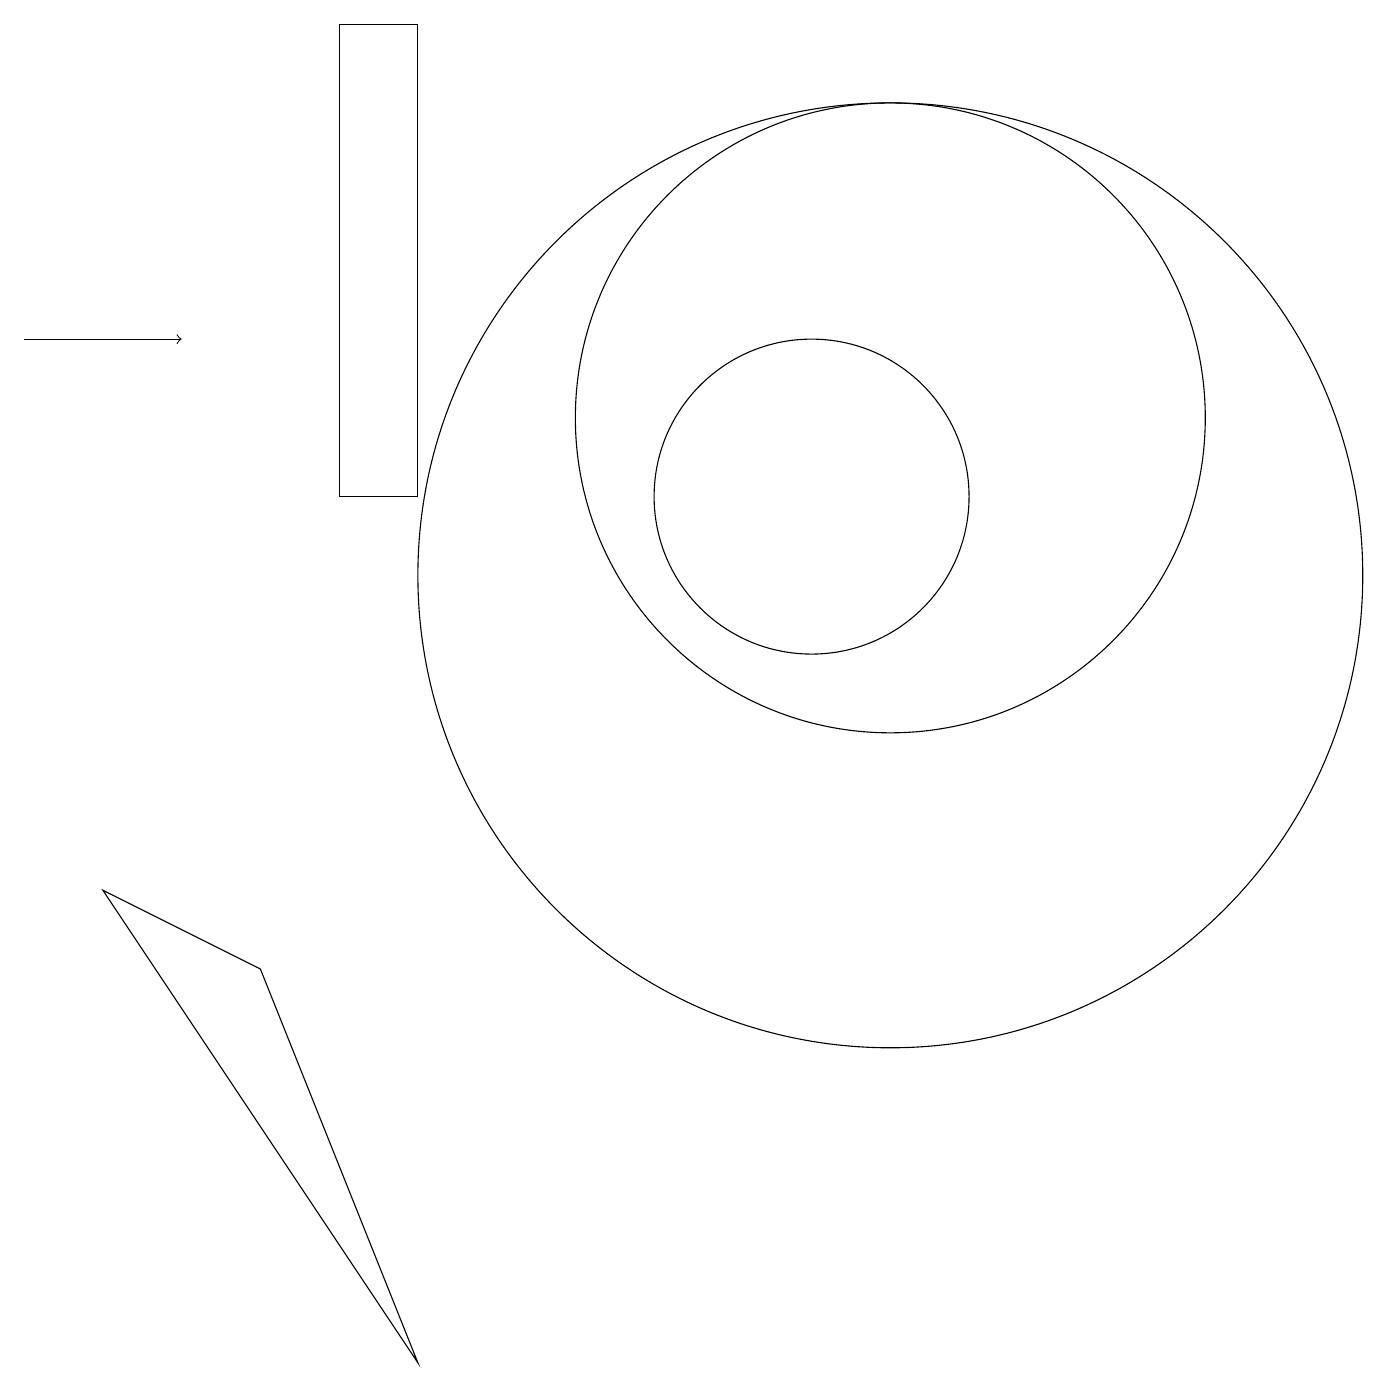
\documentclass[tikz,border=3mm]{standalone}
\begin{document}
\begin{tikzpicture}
\draw (11,12) circle (4);
\draw (4,11) rectangle (5,17);
\draw (11,10) circle (6);
\draw[->] (0,13) -- (2,13);
\draw (10,11) circle (2);
\draw (1,6) -- (5,0) -- (3,5) -- cycle;
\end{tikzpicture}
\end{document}